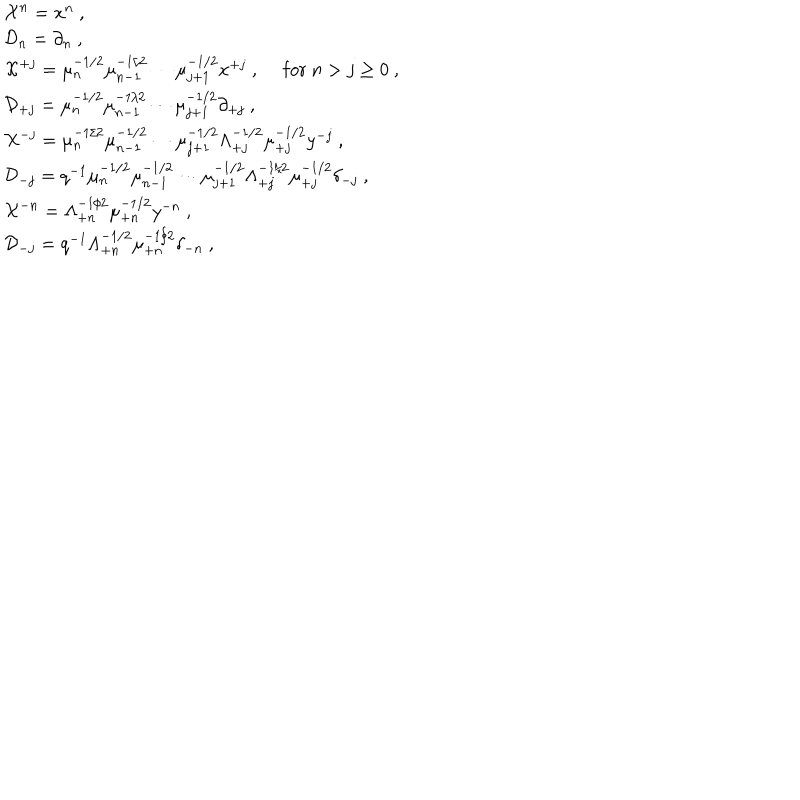
LaTeX: \begin{array} { l } { { { \cal X } ^ { n } = x ^ { n } ~ , } } \\ { { { \cal D } _ { n } = \partial _ { n } ~ , } } \\ { { { \cal X } ^ { + j } = \mu _ { n } ^ { - 1 / 2 } \mu _ { n - 1 } ^ { - 1 / 2 } \cdots \mu _ { j + 1 } ^ { - 1 / 2 } x ^ { + j } ~ , ~ ~ \mathrm { f o r } ~ n > j \geq 0 ~ , } } \\ { { { \cal D } _ { + j } = \mu _ { n } ^ { - 1 / 2 } \mu _ { n - 1 } ^ { - 1 / 2 } \cdots \mu _ { j + 1 } ^ { - 1 / 2 } \partial _ { + j } ~ , } } \\ { { { \cal X } ^ { - j } = \mu _ { n } ^ { - 1 / 2 } \mu _ { n - 1 } ^ { - 1 / 2 } \cdots \mu _ { j + 1 } ^ { - 1 / 2 } \Lambda _ { + j } ^ { - 1 / 2 } \mu _ { + j } ^ { - 1 / 2 } y ^ { - j } ~ , } } \\ { { { \cal D } _ { - j } = q ^ { - 1 } \mu _ { n } ^ { - 1 / 2 } \mu _ { n - 1 } ^ { - 1 / 2 } \cdots \mu _ { j + 1 } ^ { - 1 / 2 } \Lambda _ { + j } ^ { - 1 / 2 } \mu _ { + j } ^ { - 1 / 2 } \delta _ { - j } ~ , } } \\ { { { \cal X } ^ { - n } = \Lambda _ { + n } ^ { - 1 / 2 } \mu _ { + n } ^ { - 1 / 2 } y ^ { - n } ~ , } } \\ { { { \cal D } _ { - j } = q ^ { - 1 } \Lambda _ { + n } ^ { - 1 / 2 } \mu _ { + n } ^ { - 1 / 2 } \delta _ { - n } ~ , } } \\ \end{array}